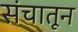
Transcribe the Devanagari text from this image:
संचातून